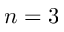
n = 3